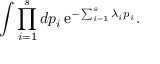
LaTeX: \int \prod _ { i = 1 } ^ { s } d p _ { i } \, \mathrm { e } ^ { - \sum _ { i = 1 } ^ { s } \lambda _ { i } p _ { i } } .